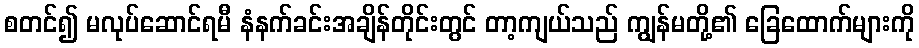
စတင်၍ မလုပ်ဆောင်ရမီ နံနက်ခင်းအချိန်တိုင်းတွင် တာ့ကျယ်သည် ကျွန်မတို့၏ ခြေထောက်များကို